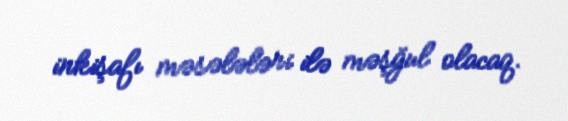
inkişafı məsələləri ilə məşğul olacaq.